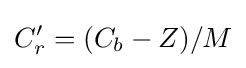
C'_{r}=(C_{b}-Z)/M